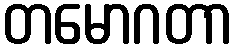
တမောဂတာ